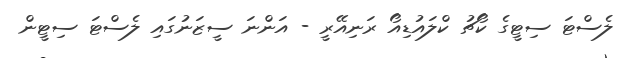
ލެސްޓަ ސިޓީގެ ކޯޗު ކްލައުޑިއޯ ރަނިއޭރީ - އަންނަ ސީޒަނުގައި ލެސްޓަ ސިޓީން